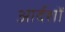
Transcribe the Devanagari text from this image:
आर्दशों